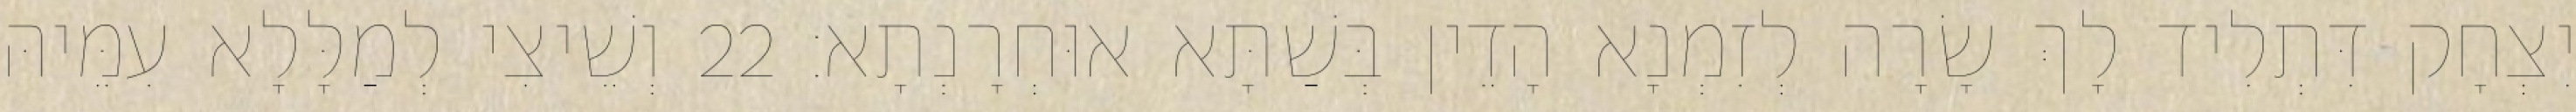
יִצְחָק דִּתְלִיד לָךְ שָׂרָה לְזִמְנָא הָדֵין בְּשַׁתָּא אוּחְרָנְתָא׃ 22 וְשֵׁיצִי לְמַלָּלָא עִמֵּיהּ